Indian journal of veterinary science and animal husbandry - Volume 4,
Year: 1934
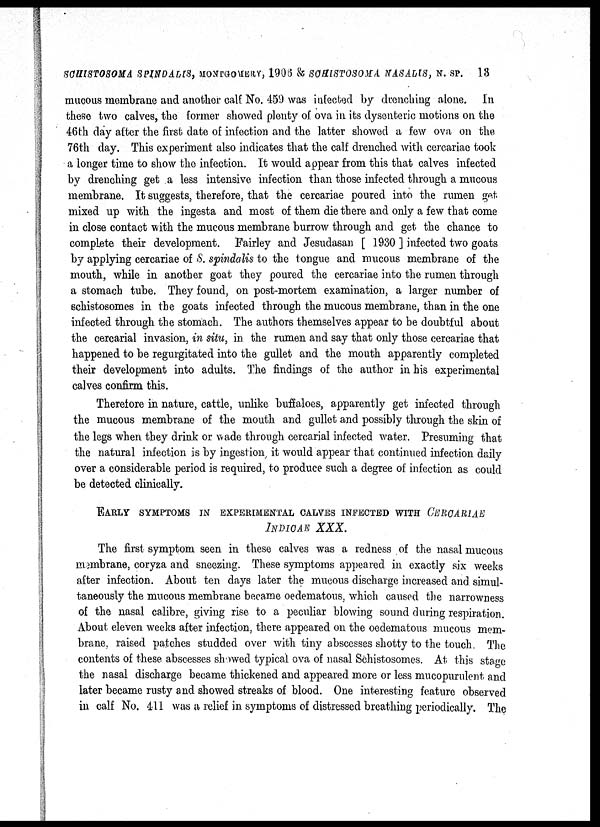
SCHISTOSOMA SPINDALIS,
MONTGOMERY, 1906 & SCHISTOSOMA
NASALIS,
N. SP.
13
mucous membrane and another calf No. 459 was infected by drenching alone. In
these two calves, the former showed plenty of ova in its dysenteric motions on the
46th day after the first date of infection and the latter showed a few ova on the
76th day. This experiment also indicates that the calf drenched with cercariae took
a longer time to show the infection. It would appear from this that calves infected
by drenching get a less intensive infection than those infected through a mucous
membrane. It suggests, therefore, that the cercariae poured into the rumen get.
mixed up with the ingesta and most of them die there and only a few that come
in close contact with the mucous membrane burrow through and get the chance to
complete their development. Fairley and Jesudasan [ 1930 ] infected two goats
by applying cercariae of S. spindalis to the tongue and mucous membrane of the
mouth, while in another goat they poured the cercariae into the rumen through
a stomach tube. They found, on post-mortem examination, a larger number of
schistosomes in the goats infected through the mucous membrane, than in the one
infected through the stomach. The authors themselves appear to be doubtful about
the cercarial invasion, in situ, in the rumen and say that only those cercariae that
happened to be regurgitated into the gullet and the mouth apparently completed
their development into adults. The findings of the author in his experimental
calves confirm this.
Therefore in nature, cattle, unlike buffaloes, apparently get infected through
the mucous membrane of the mouth and gullet and possibly through the skin of
the legs when they drink or wade through cercarial infected water. Presuming that
the natural infection is by ingestion, it would appear that continued infection daily
over a considerable period is required, to produce such a degree of infection as could
be detected clinically.
EARLY SYMPTOMS IN EXPERIMENTAL CALVES INFECTE
INDICAE XXX.
The first symptom seen in these calves was a redness of the nasal mucous
membrane, coryza and sneezing. These symptoms appeared in exactly six weeks
after infection. About ten days later the mucous discharge increased and simul-
taneously the mucous membrane became oedematous, which caused the narrowness
of the nasal calibre, giving rise to a peculiar blowing sound during respiration.
About eleven weeks after infection, there appeared on the oedematous mucous mem-
brane, raised patches studded over with tiny abscesses shotty to the touch. The
contents of these abscesses showed typical ova of nasal Schistosomes. At this stage
the nasal discharge became thickened and appeared more or less mucopurulent and
later became rusty and showed streaks of blood. One interesting feature observed
in calf No. 411 was a relief in symptoms of distressed breathing periodically. The